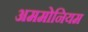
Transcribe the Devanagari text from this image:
अममोनियम